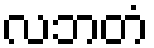
လဘတံ